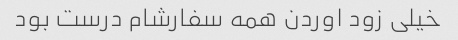
خیلی زود اوردن همه سفارشام درست بود